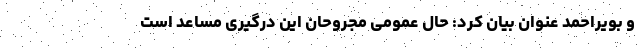
و بویراحمد عنوان بیان کرد: حال عمومی مجروحان این درگیری مساعد است